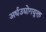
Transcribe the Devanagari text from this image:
अर्धउद्योगयुक्त